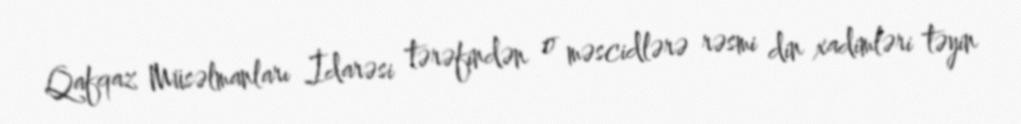
Qafqaz Müsəlmanları İdarəsi tərəfindən o məscidlərə rəsmi din xadimləri təyin